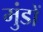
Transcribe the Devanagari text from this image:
मुंडों